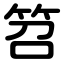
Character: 笤